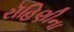
રૉહિણીના